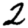
Digit: 2